Civil Veterinary Department. Central Provinces & Berar 1925-31 - 1925-1931
Year: 1925
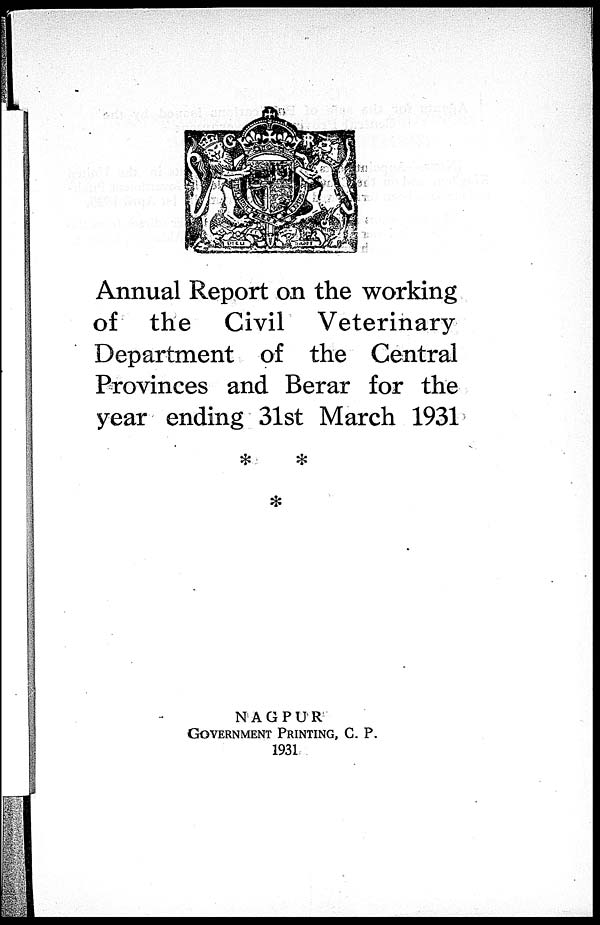
Annual Report on the working
of the Civil Veterinary
Department of the Central
Provinces and Berar for the
year ending 31st March 1931
NAGPUR
GOVERMENT PRINTING, C. P.
1931